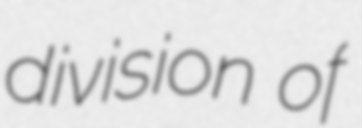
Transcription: division of